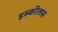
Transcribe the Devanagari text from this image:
इस्कीलस